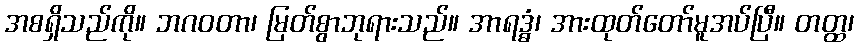
အစရှိသည်ကို။ ဘဂဝတာ၊ မြတ်စွာဘုရားသည်။ အာရဒ္ဓံ၊ အားထုတ်တော်မူအပ်ပြီ။ တတ္ထ၊